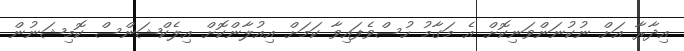
އިދާރާ އަށް ނުކުނަންވަނިކޮށް އެ މަގާމު ހުސްވެފައިވާ ކަމަށް އިއުލާންކޮށް އިލެކްޝަންސް ކޮމިޝަނުން